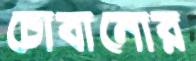
চোবানোর